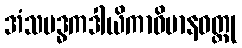
အံသဗဒ္ဓကဒါယိကာဝိမာနဝတ္ထု